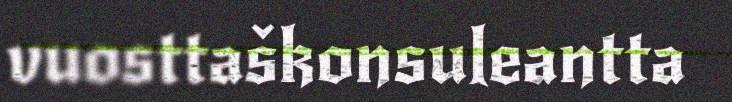
vuosttaškonsuleantta